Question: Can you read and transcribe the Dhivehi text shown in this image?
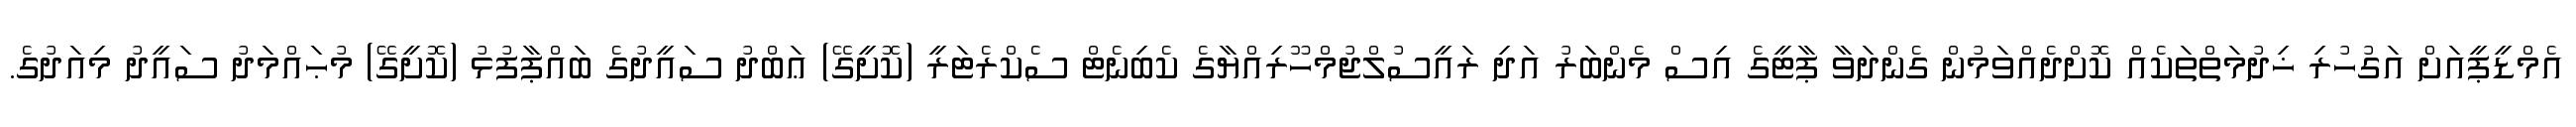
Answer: އެމްޑީޕީއަށް އަގުހުރި ޚިދުމަތްތަކެއް ކޮށްދެއްވަމުން ގެންދަވާ ޕާޓީގެ އިސް މެންބަރު އަދި ރައީސުލްޖުމްހޫރިއްޔާގެ ކެބިނެޓް ސެކްރެޓަރީ (ކޮށީގޭ) ޢަބްދު ސައީދުގެ ބައްޕާފުޅު (ކޮށީގޭ) މުޙައްމަދު ސައީދު މިއަދުގެ.